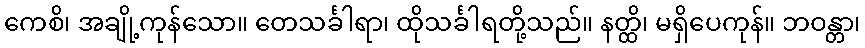
ကေစိ၊ အချို့ကုန်သော။ တေသင်္ခါရာ၊ ထိုသင်္ခါရတို့သည်။ နတ္ထိ၊ မရှိပေကုန်။ ဘဝန္တာ၊